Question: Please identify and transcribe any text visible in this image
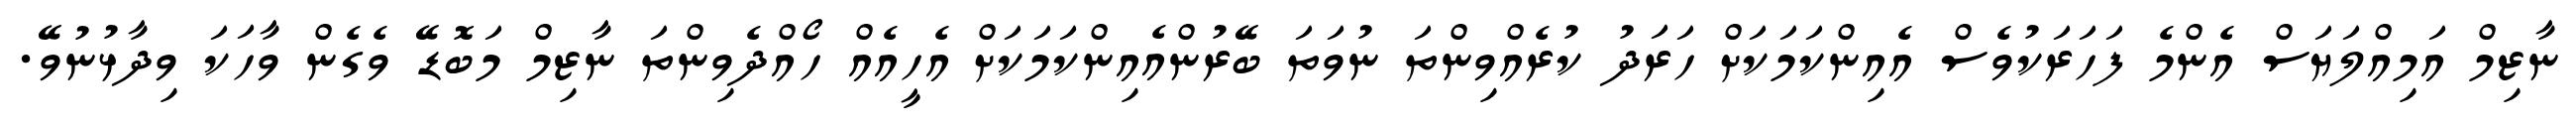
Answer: ނާޒިމް އަމިއްލަޔަސް އެންމެ ފަހަރަކުވެސް އެއިންކަމަކަށް ހަރަދު ކުރެއްވިންތަ ނުވަތަ ބޭރުންއެއިންކަމަކަށް އެހީއެއް ހޯއްދެވިންތަ ނާޒިމް މަބޮޑޭ ވެގެން ވާހަކަ ވިދާޅުނުވޭ.